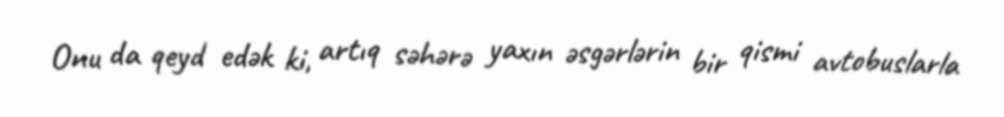
Onu da qeyd edək ki, artıq səhərə yaxın əsgərlərin bir qismi avtobuslarla